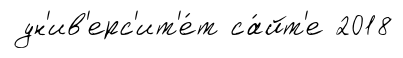
ун'ив'ерс'ит'е́т са́йт'е 2018